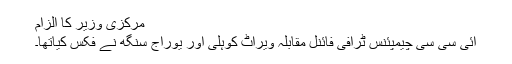
مرکزی وزیر کا الزام
ائی سی سی چیمپئنس ٹرافی فائنل مقابلہ ویراٹ کوہلی اور یوراج سنگھ نے فکس کیاتھا۔